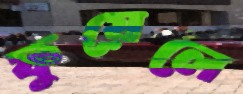
ফুয়েলে